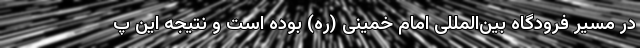
در مسیر فرودگاه بین‌المللی امام خمینی (ره) بوده است و نتیجه این پ